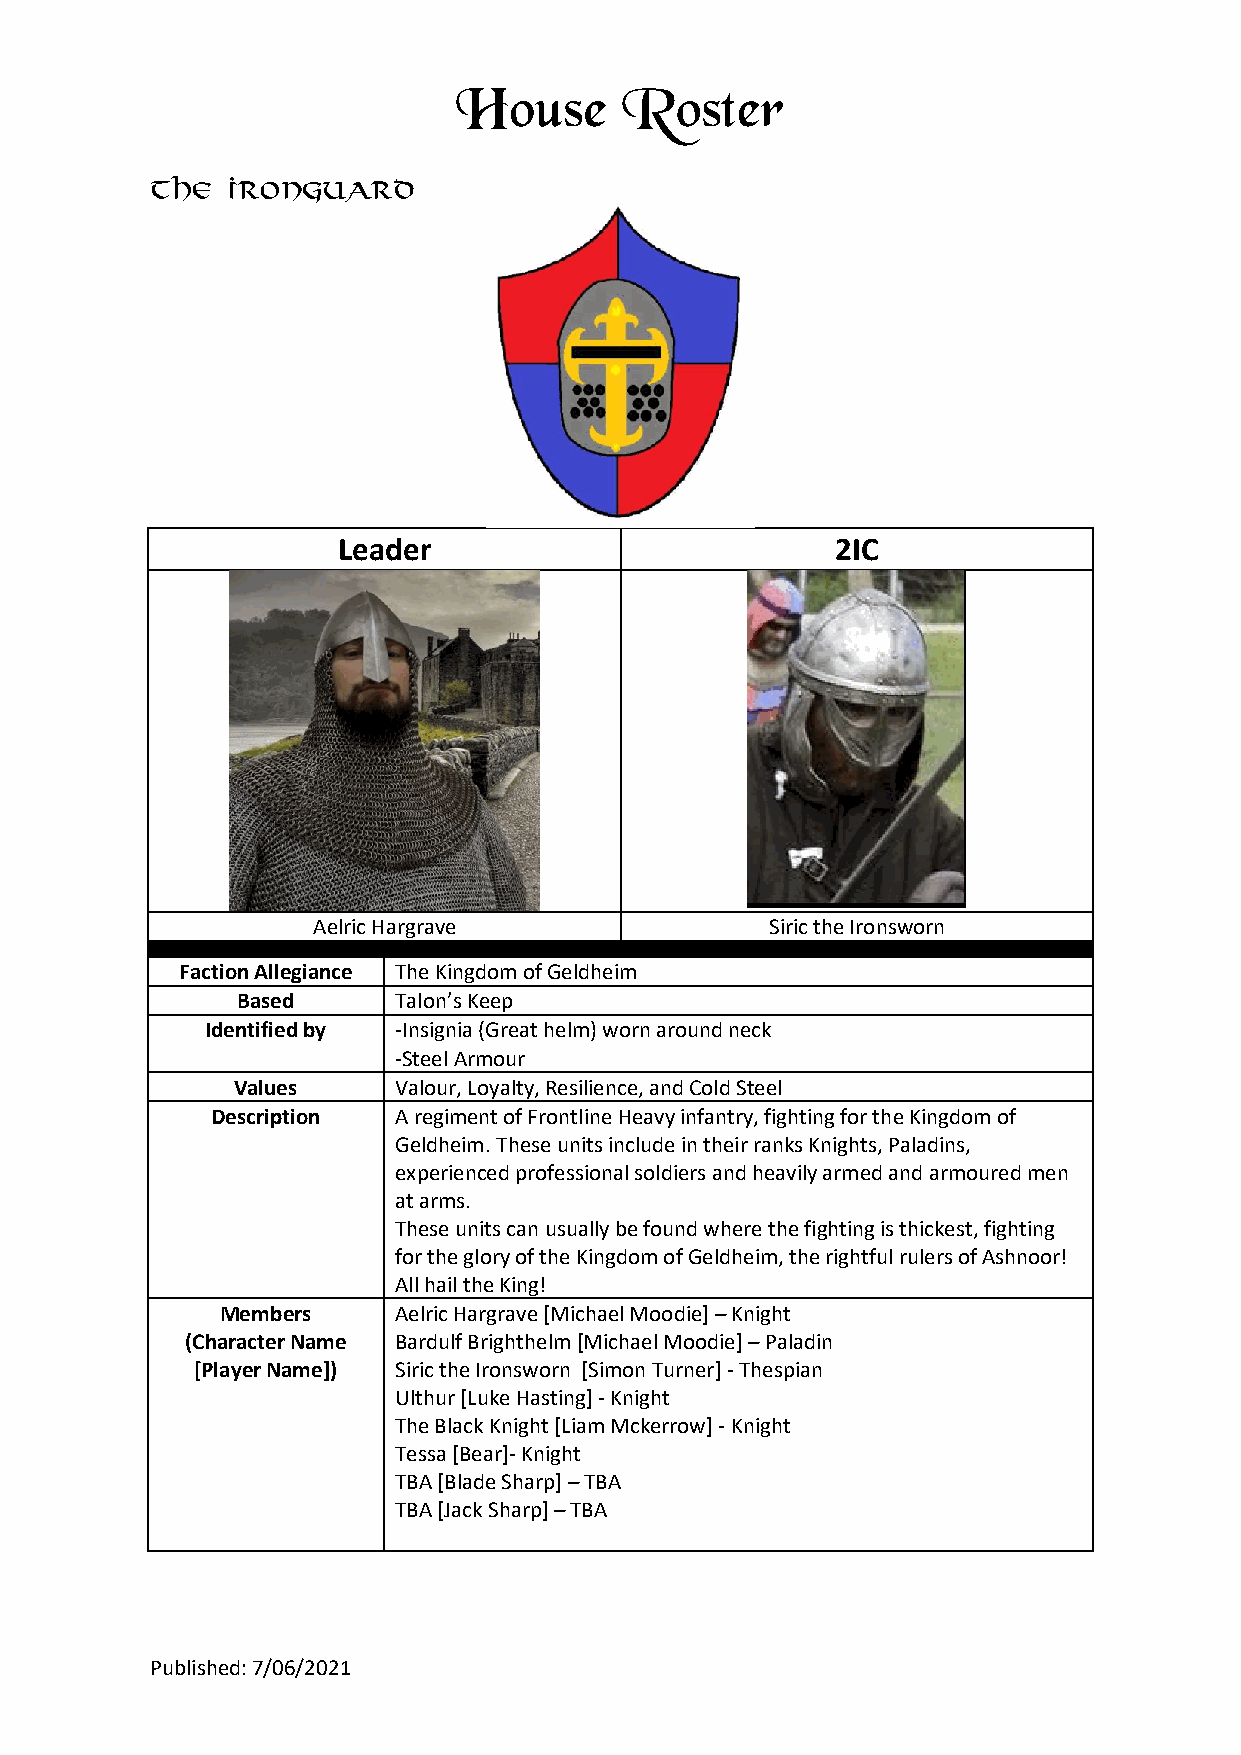
House      Roster
 The  Ironguard
 Leader                           2IC
 Aelric Hargrave               Siric the Ironsworn
 Faction Allegiance The Kingdom of Geldheim
 Based     Talon’s Keep
 Identified by -Insignia (Great helm) worn around neck
 -Steel Armour
 Values     Valour, Loyalty, Resilience, and Cold Steel
 Description A regiment of Frontline Heavy infantry, fighting for the Kingdom of
 Geldheim. These units include in their ranks Knights, Paladins,
 experienced professional soldiers and heavily armed and armoured men
 at arms.
 These units can usually be found where the fighting is thickest, fighting
 for the glory of the Kingdom of Geldheim, the rightful rulers of Ashnoor!
 All hail the King!
 Members    Aelric Hargrave [Michael Moodie] – Knight
 (Character Name Bardulf Brighthelm [Michael Moodie] – Paladin
 [Player Name]) Siric the Ironsworn [Simon Turner] - Thespian
 Ulthur [Luke Hasting] - Knight
 The Black Knight [Liam Mckerrow] - Knight
 Tessa [Bear]- Knight
 TBA [Blade Sharp] – TBA
 TBA [Jack Sharp] – TBA
 Published: 7/06/2021